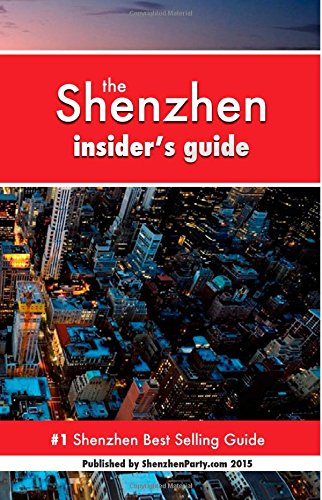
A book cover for Shenzhen Insider's Guide: Never Ever Get Lost; ShenzhenParty.com; Travel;